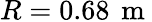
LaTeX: R=0.68\, \mathrm{~m~}